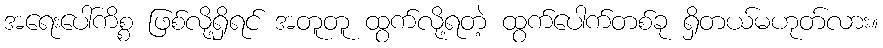
အရေးပေါ်ကိစ္စ ဖြစ်လို့ရှိရင် အတူတူ ထွက်လို့ရတဲ့ ထွက်ပေါက်တစ်ခု ရှိတယ်မဟုတ်လား။